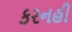
કરનહી